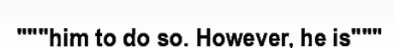
"""him to do so. However, he is"""